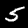
Digit: 5